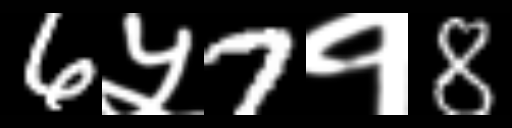
Text: 6५7१8